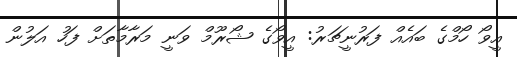
އީވޯ ހޯމްގެ ބައެއް ފަރުނީޗަރު: އީވޯގެ ޝޯރޫމް ވަނީ މަރާމާތަށް ފަހު އަލުން